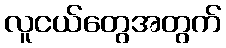
လူငယ်တွေအတွက်